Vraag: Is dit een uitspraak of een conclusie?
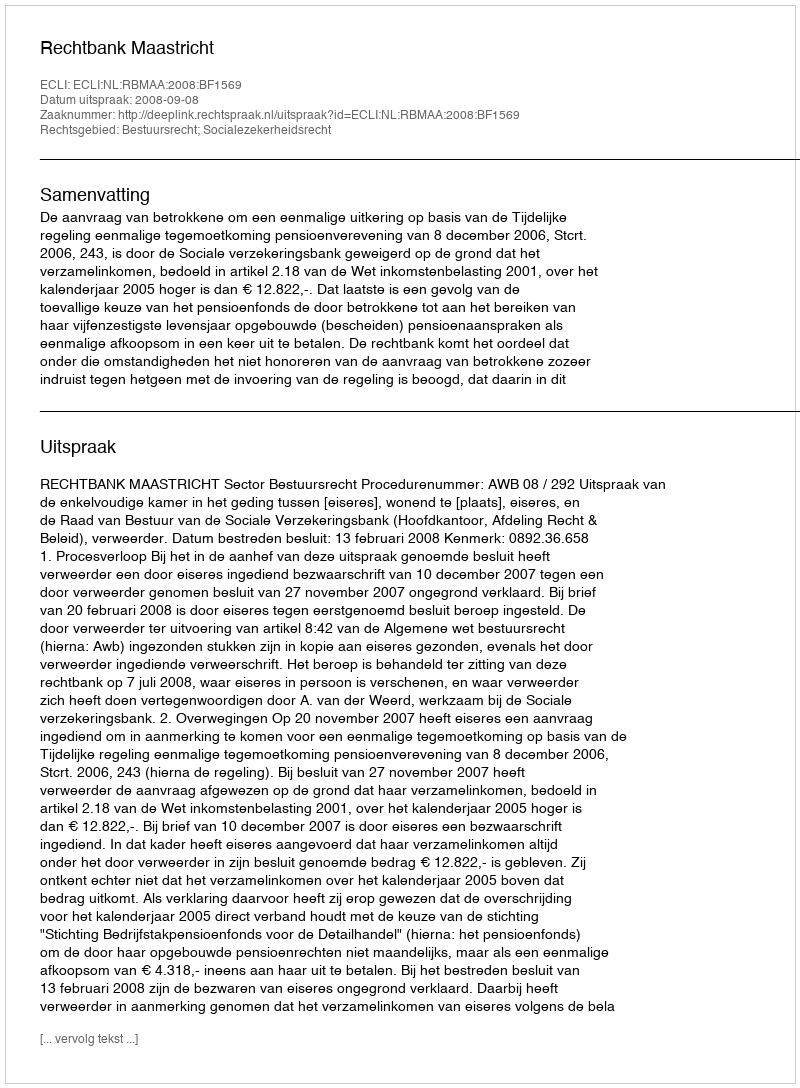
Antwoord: Uitspraak